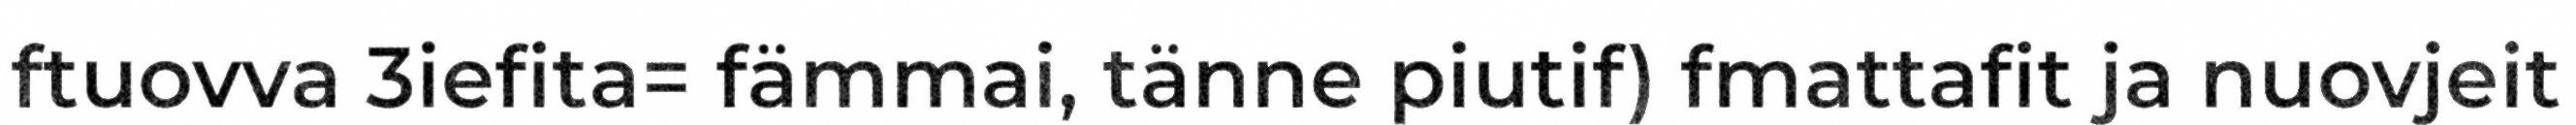
ftuovva 3iefita= fämmai, tänne piutif) fmattafit ja nuovjeit